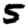
Digit: 5